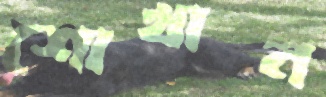
শোখান